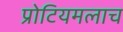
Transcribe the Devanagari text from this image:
प्रोटियमलाच